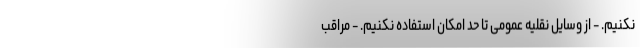
نکنیم. - از وسایل نقلیه عمومی تا حد امکان استفاده نکنیم. - مراقب